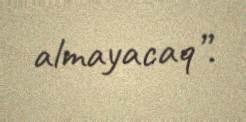
almayacaq”.